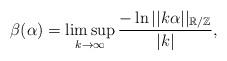
LaTeX: \begin{align*}\beta(\alpha)=\limsup_{k\rightarrow \infty}\frac{-\ln{||k\alpha||_{\mathbb{R}/\mathbb{Z}}}}{|k|},\end{align*}